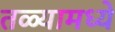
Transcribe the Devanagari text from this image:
तळ्यामध्ये